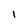
Character: 1